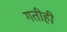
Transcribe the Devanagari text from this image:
गतीही